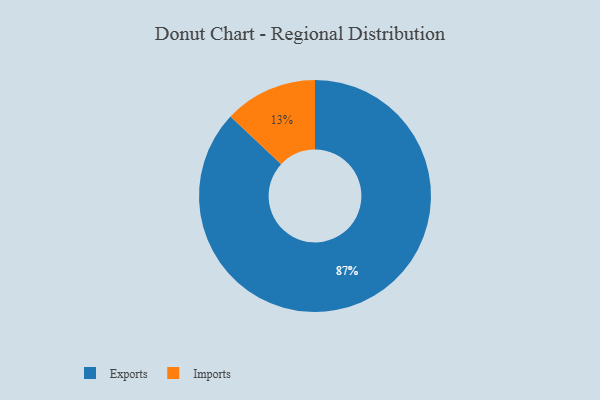
{"axis": {"x": "Category", "y": "Percentage"}, "legend": ["Exports", "Imports"], "data": [{"x": "Exports", "y": 87, "type": "Exports"}, {"x": "Imports", "y": 13, "type": "Imports"}]}